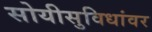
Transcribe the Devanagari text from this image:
सोयीसुविधांवर